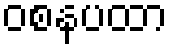
ဝစနပထာ